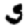
Digit: 5